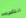
الناس